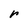
Character: r